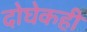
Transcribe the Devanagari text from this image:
दोघेकही